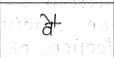
मजकूर: वै